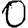
Digit: 0